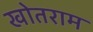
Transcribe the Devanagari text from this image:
खोतराम